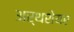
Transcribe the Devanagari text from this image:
अर्थशेयर